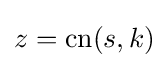
z=\operatorname {cn} (s,k)